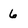
Character: 6